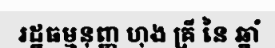
រដ្ឋធម្មនុញ្ញ ហុង គ្រី នៃ ឆ្នាំ